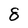
Character: 8